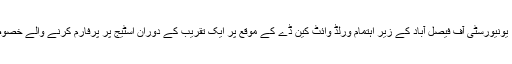
فیصل آباد: یونیورسٹی آف فیصل آباد کے زیر اہتمام ورلڈ وائٹ کین ڈے کے موقع پر ایک تقریب کے دوران اسٹیج پر پرفارم کرنے والے خصوصی بچے۔